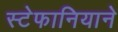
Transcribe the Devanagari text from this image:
स्टेफानियाने